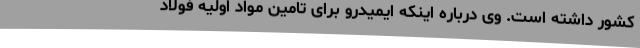
کشور داشته است. وی درباره اینکه ایمیدرو برای تامین مواد اولیه فولاد